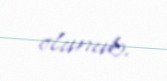
olunub.